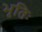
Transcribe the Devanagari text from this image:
भृतिः